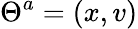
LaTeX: \Theta^{a}=(x,v)